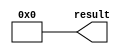
// megafunction wizard: %LPM_CONSTANT%
// GENERATION: STANDARD
// VERSION: WM1.0
// MODULE: LPM_CONSTANT 

// ============================================================
// Megafunction Name(s):
// 			LPM_CONSTANT
//
// Simulation Library Files(s):
// 			
// ============================================================
// ************************************************************
// THIS IS A WIZARD-GENERATED FILE. DO NOT EDIT THIS FILE!
//
// 20.1.0 Build 711 06/05/2020 SJ Lite Edition
// ************************************************************


//Copyright (C) 2020  Intel Corporation. All rights reserved.
//Your use of Intel Corporation's design tools, logic functions 
//and other software and tools, and any partner logic 
//functions, and any output files from any of the foregoing 
//(including device programming or simulation files), and any 
//associated documentation or information are expressly subject 
//to the terms and conditions of the Intel Program License 
//Subscription Agreement, the Intel Quartus Prime License Agreement,
//the Intel FPGA IP License Agreement, or other applicable license
//agreement, including, without limitation, that your use is for
//the sole purpose of programming logic devices manufactured by
//Intel and sold by Intel or its authorized distributors.  Please
//refer to the applicable agreement for further details, at
//https://fpgasoftware.intel.com/eula.


//lpm_constant ENABLE_RUNTIME_MOD="NO" LPM_CVALUE=00000000 LPM_WIDTH=32 result
//VERSION_BEGIN 20.1 cbx_lpm_constant 2020:06:05:12:04:51:SJ cbx_mgl 2020:06:05:12:11:10:SJ  VERSION_END
// synthesis VERILOG_INPUT_VERSION VERILOG_2001
// altera message_off 10463


//synthesis_resources = 
//synopsys translate_off
`timescale 1 ps / 1 ps
//synopsys translate_on
module  const0_lpm_constant
	( 
	result) /* synthesis synthesis_clearbox=1 */;
	output   [31:0]  result;


	assign
		result = {32{1'b0}};
endmodule //const0_lpm_constant
//VALID FILE


// synopsys translate_off
`timescale 1 ps / 1 ps
// synopsys translate_on
module const0 (
	result)/* synthesis synthesis_clearbox = 1 */;

	output	[31:0]  result;

	wire [31:0] sub_wire0;
	wire [31:0] result = sub_wire0[31:0];

	const0_lpm_constant	const0_lpm_constant_component (
				.result (sub_wire0));

endmodule

// ============================================================
// CNX file retrieval info
// ============================================================
// Retrieval info: PRIVATE: INTENDED_DEVICE_FAMILY STRING "Cyclone IV E"
// Retrieval info: PRIVATE: JTAG_ENABLED NUMERIC "0"
// Retrieval info: PRIVATE: JTAG_ID STRING "NONE"
// Retrieval info: PRIVATE: Radix NUMERIC "2"
// Retrieval info: PRIVATE: SYNTH_WRAPPER_GEN_POSTFIX STRING "1"
// Retrieval info: PRIVATE: Value NUMERIC "0"
// Retrieval info: PRIVATE: nBit NUMERIC "32"
// Retrieval info: PRIVATE: new_diagram STRING "1"
// Retrieval info: LIBRARY: lpm lpm.lpm_components.all
// Retrieval info: CONSTANT: LPM_CVALUE NUMERIC "0"
// Retrieval info: CONSTANT: LPM_HINT STRING "ENABLE_RUNTIME_MOD=NO"
// Retrieval info: CONSTANT: LPM_TYPE STRING "LPM_CONSTANT"
// Retrieval info: CONSTANT: LPM_WIDTH NUMERIC "32"
// Retrieval info: USED_PORT: result 0 0 32 0 OUTPUT NODEFVAL "result[31..0]"
// Retrieval info: CONNECT: result 0 0 32 0 @result 0 0 32 0
// Retrieval info: GEN_FILE: TYPE_NORMAL const0.v TRUE
// Retrieval info: GEN_FILE: TYPE_NORMAL const0.inc FALSE
// Retrieval info: GEN_FILE: TYPE_NORMAL const0.cmp FALSE
// Retrieval info: GEN_FILE: TYPE_NORMAL const0.bsf TRUE
// Retrieval info: GEN_FILE: TYPE_NORMAL const0_inst.v FALSE
// Retrieval info: GEN_FILE: TYPE_NORMAL const0_bb.v TRUE
// Retrieval info: GEN_FILE: TYPE_NORMAL const0_syn.v TRUE